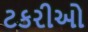
ટકરીઓ